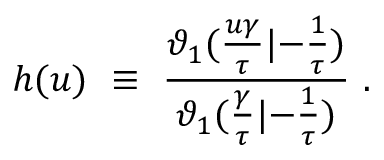
h ( u ) ~ \equiv ~ { \frac { \vartheta _ { 1 } ( { \frac { u \gamma } { \tau } } | { - { \frac { 1 } { \tau } } } ) } { \vartheta _ { 1 } ( { \frac { \gamma } { \tau } } | { - { \frac { 1 } { \tau } } } ) } } \ .